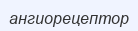
ангиорецептор